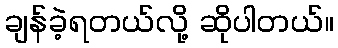
ချန်ခဲ့ရတယ်လို့ ဆိုပါတယ်။